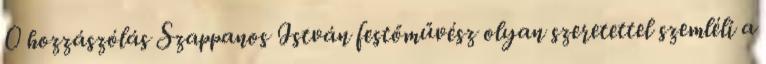
0 hozzászólás Szappanos István festőművész olyan szeretettel szemléli a